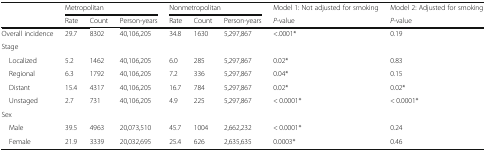
<table><thead><tr><td></td><td colspan="3"><b>Metropolitan</b></td><td colspan="3"><b>Nonmetropolitan</b></td><td><b>Model 1: Not adjusted for smoking</b></td><td><b>Model 2: Adjusted for smoking</b></td></tr><tr><td></td><td><b>Rate</b></td><td><b>Count</b></td><td><b>Person-years</b></td><td><b>Rate</b></td><td><b>Count</b></td><td><b>Person-years</b></td><td><b><i>P</i>-value</b></td><td><b><i>P</i>-value</b></td></tr></thead><tbody><tr><td>Overall incidence</td><td>29.7</td><td>8302</td><td>40,106,205</td><td>34.8</td><td>1630</td><td>5,297,867</td><td>&lt;.0001*</td><td>0.19</td></tr><tr><td colspan="9">Stage</td></tr><tr><td> Localized</td><td>5.2</td><td>1462</td><td>40,106,205</td><td>6.0</td><td>285</td><td>5,297,867</td><td>0.02*</td><td>0.83</td></tr><tr><td> Regional</td><td>6.3</td><td>1792</td><td>40,106,205</td><td>7.2</td><td>336</td><td>5,297,867</td><td>0.04*</td><td>0.15</td></tr><tr><td> Distant</td><td>15.4</td><td>4317</td><td>40,106,205</td><td>16.7</td><td>784</td><td>5,297,867</td><td>0.02*</td><td>0.02*</td></tr><tr><td> Unstaged</td><td>2.7</td><td>731</td><td>40,106,205</td><td>4.9</td><td>225</td><td>5,297,867</td><td>&lt; 0.0001*</td><td>&lt; 0.0001*</td></tr><tr><td colspan="9">Sex</td></tr><tr><td> Male</td><td>39.5</td><td>4963</td><td>20,073,510</td><td>45.7</td><td>1004</td><td>2,662,232</td><td>&lt; 0.0001*</td><td>0.24</td></tr><tr><td> Female</td><td>21.9</td><td>3339</td><td>20,032,695</td><td>25.4</td><td>626</td><td>2,635,635</td><td>0.0003*</td><td>0.46</td></tr></tbody></table>